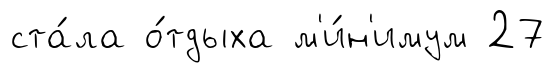
ста́ла о́тдыха м'и́н'имум 27